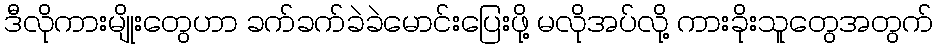
ဒီလိုကားမျိုးတွေဟာ ခက်ခက်ခဲခဲမောင်းပြေးဖို့ မလိုအပ်လို့ ကားခိုးသူတွေအတွက်